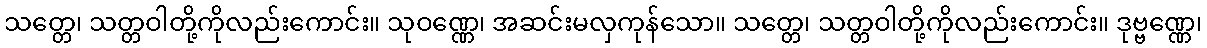
သတ္တေ၊ သတ္တဝါတို့ကိုလည်းကောင်း။ သုဝဏ္ဏေ၊ အဆင်းမလှကုန်သော။ သတ္တေ၊ သတ္တဝါတို့ကိုလည်းကောင်း။ ဒုဗ္ဗဏ္ဏေ၊